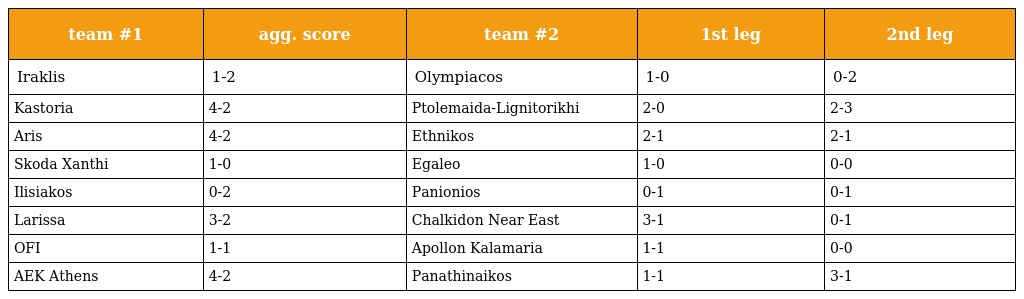
| team #1 | agg. score | team #2 | 1st leg | 2nd leg |
 | --- | --- | --- | --- | --- |
 | Iraklis | 1-2 | Olympiacos | 1-0 | 0-2 |
 | Kastoria | 4-2 | Ptolemaida-Lignitorikhi | 2-0 | 2-3 |
 | Aris | 4-2 | Ethnikos | 2-1 | 2-1 |
 | Skoda Xanthi | 1-0 | Egaleo | 1-0 | 0-0 |
 | Ilisiakos | 0-2 | Panionios | 0-1 | 0-1 |
 | Larissa | 3-2 | Chalkidon Near East | 3-1 | 0-1 |
 | OFI | 1-1 | Apollon Kalamaria | 1-1 | 0-0 |
 | AEK Athens | 4-2 | Panathinaikos | 1-1 | 3-1 |